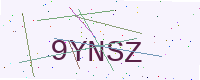
Text: 9YNSZ